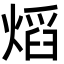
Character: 熖